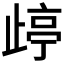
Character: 𱥄